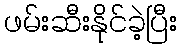
ဖမ်းဆီးနိုင်ခဲ့ပြီး